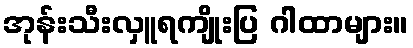
အုန်းသီးလှူရကျိုးပြ ဂါထာများ။